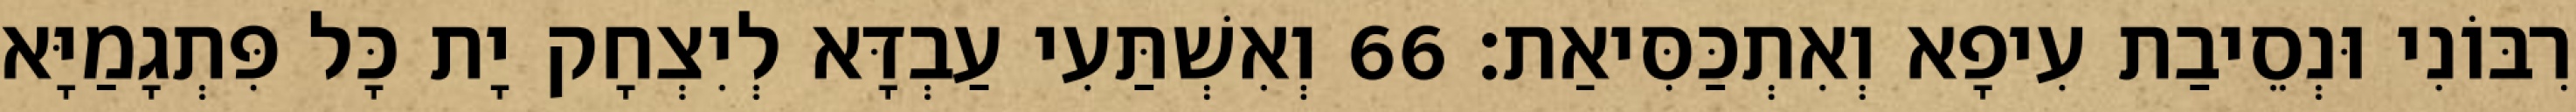
רִבּוֹנִי וּנְסֵיבַת עִיפָא וְאִתְכַּסִּיאַת׃ 66 וְאִשְׁתַּעִי עַבְדָּא לְיִצְחָק יָת כָּל פִּתְגָמַיָּא